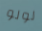
لولو